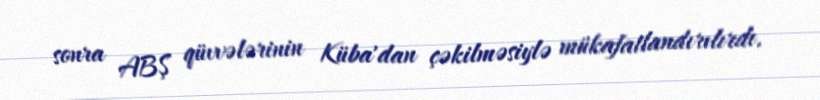
sonra ABŞ qüvvələrinin Küba'dan çəkilməsiylə mükafatlandırılırdı.